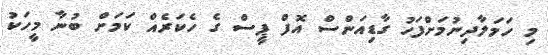
މި ހަމަލާދިނުމަށްފަހު ގާޑިއަންސް އޮފް ޕީސް ގެ ހެކަރެއް ކަމަށް ބުނާ މީހަކު